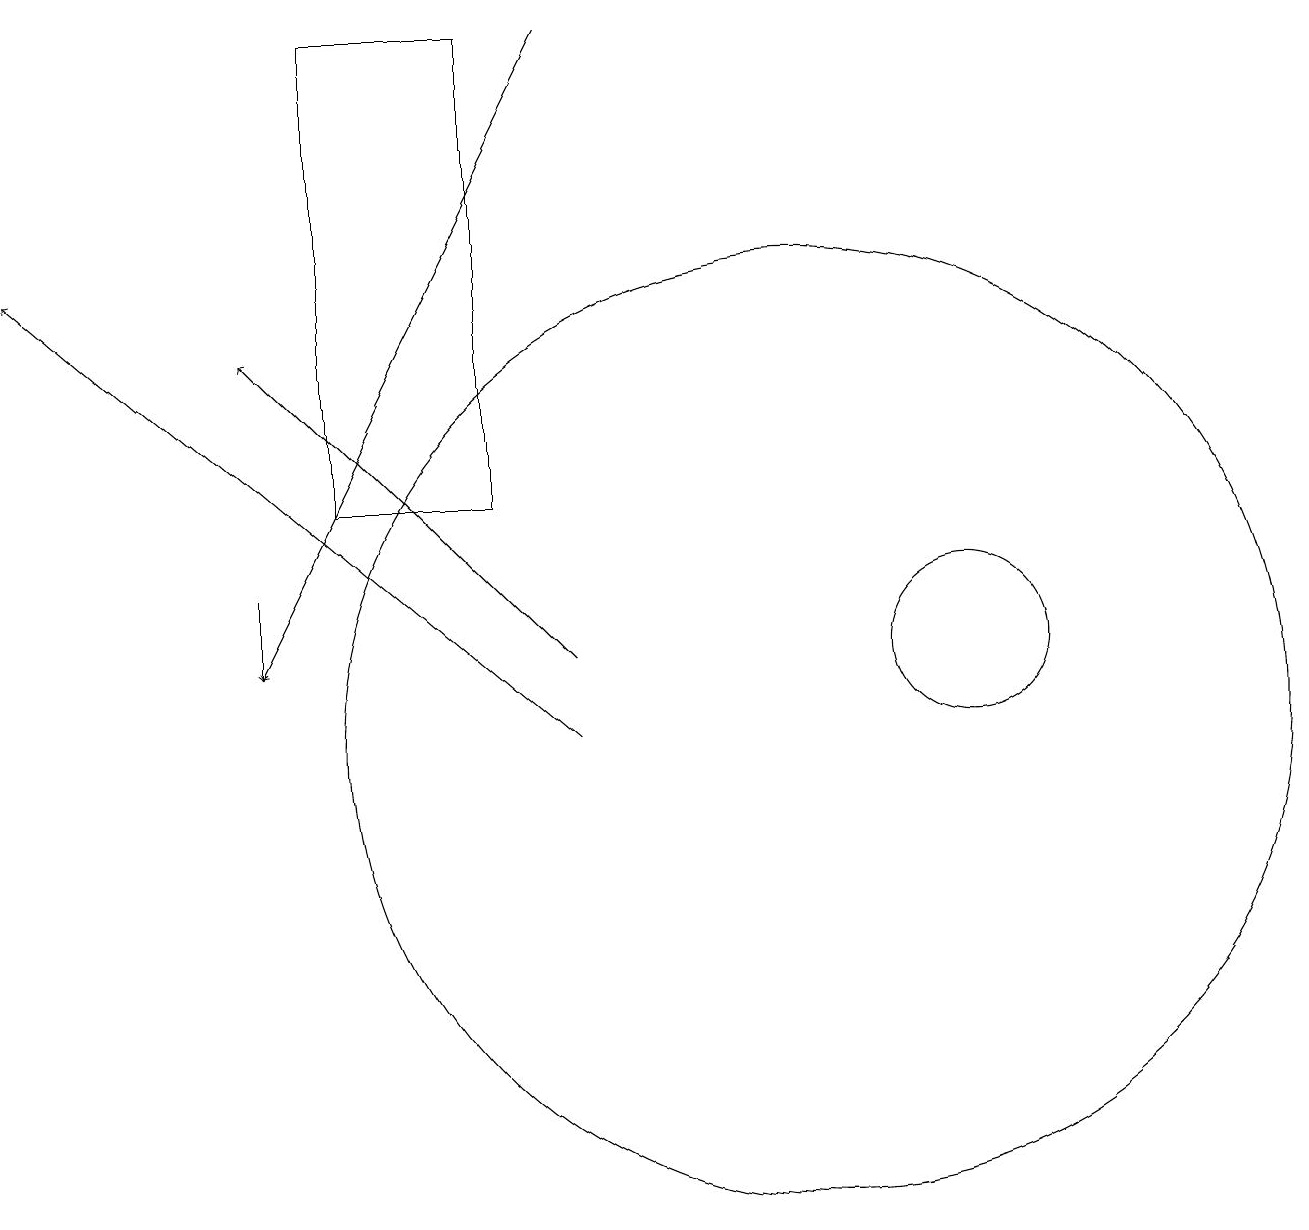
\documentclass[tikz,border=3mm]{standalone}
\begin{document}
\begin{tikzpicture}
\draw[->] (3,12) -- (3,11);
\draw (12,11) circle (1);
\draw[->] (7,10) -- (0,16);
\draw (11,10) circle (0);
\draw[->] (7,19) -- (3,11);
\draw (10,10) circle (6);
\draw (6,13) rectangle (4,19);
\draw[->] (7,11) -- (3,15);
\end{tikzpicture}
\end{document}